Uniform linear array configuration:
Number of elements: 16
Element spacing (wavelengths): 0.75
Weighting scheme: uniform
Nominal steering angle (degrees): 30
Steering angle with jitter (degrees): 30.597
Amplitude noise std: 0.05
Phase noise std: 0.05

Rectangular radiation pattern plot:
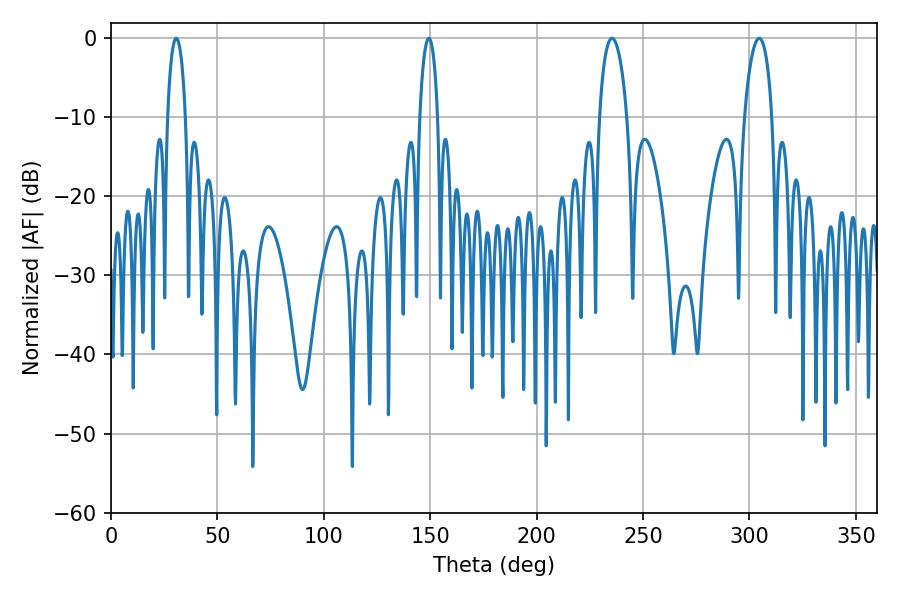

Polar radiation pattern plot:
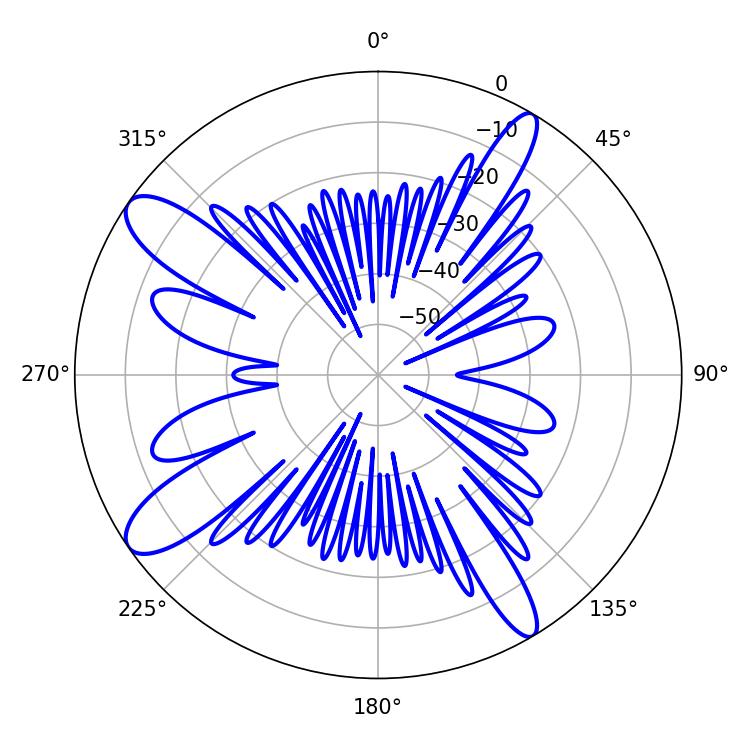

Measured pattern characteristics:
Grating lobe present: TRUE
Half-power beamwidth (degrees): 7.38
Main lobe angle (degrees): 235.44